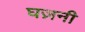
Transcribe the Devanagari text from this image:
घज़नी